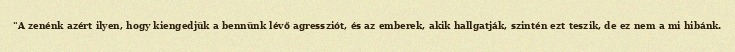
"A zenénk azért ilyen, hogy kiengedjük a bennünk lévő agressziót, és az emberek, akik hallgatják, szintén ezt teszik, de ez nem a mi hibánk.